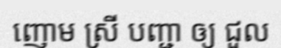
ញោម ស្រី បញ្ជា ឲ្យ ជួល